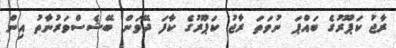
ރާޖު ކަޕޫރުގެ ބައްޕަ ނުވަަތަ ރާޖު ކަޕޫރުގެ ކާފަ ދޭވަން ބޭޝެސްވަރުނާތު އިން